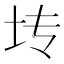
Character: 𫭞